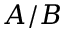
A / B